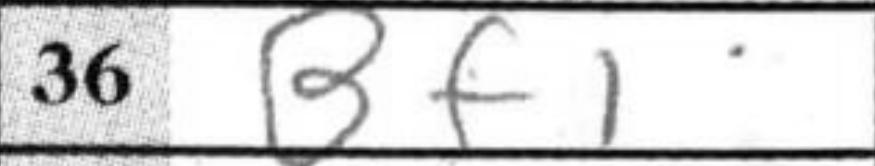
Transcription: Bf1